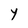
Character: Y